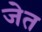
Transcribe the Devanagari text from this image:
जेत